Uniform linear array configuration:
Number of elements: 12
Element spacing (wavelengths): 0.25
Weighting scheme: kaiser
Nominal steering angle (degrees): -60
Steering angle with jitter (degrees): -58.317
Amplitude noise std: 0.05
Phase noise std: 0.05

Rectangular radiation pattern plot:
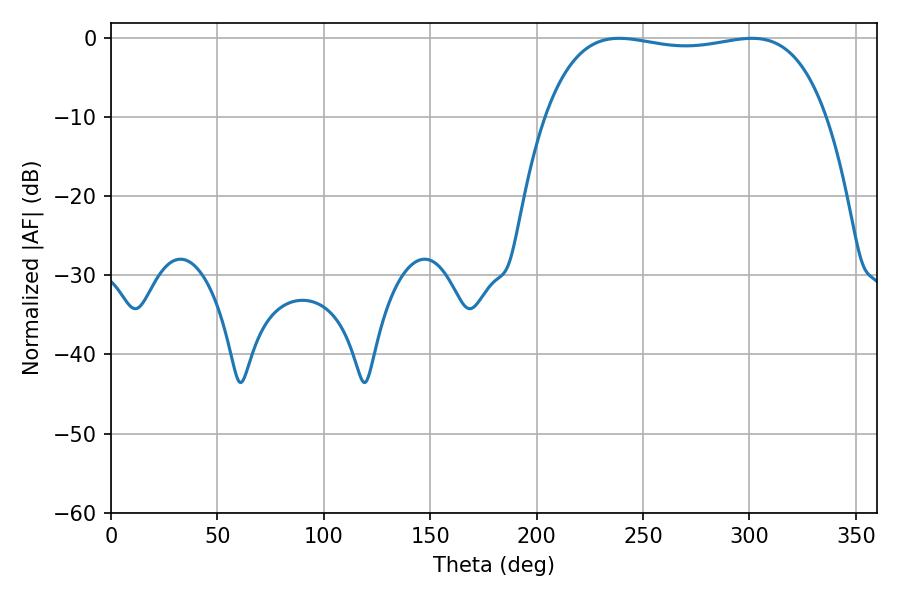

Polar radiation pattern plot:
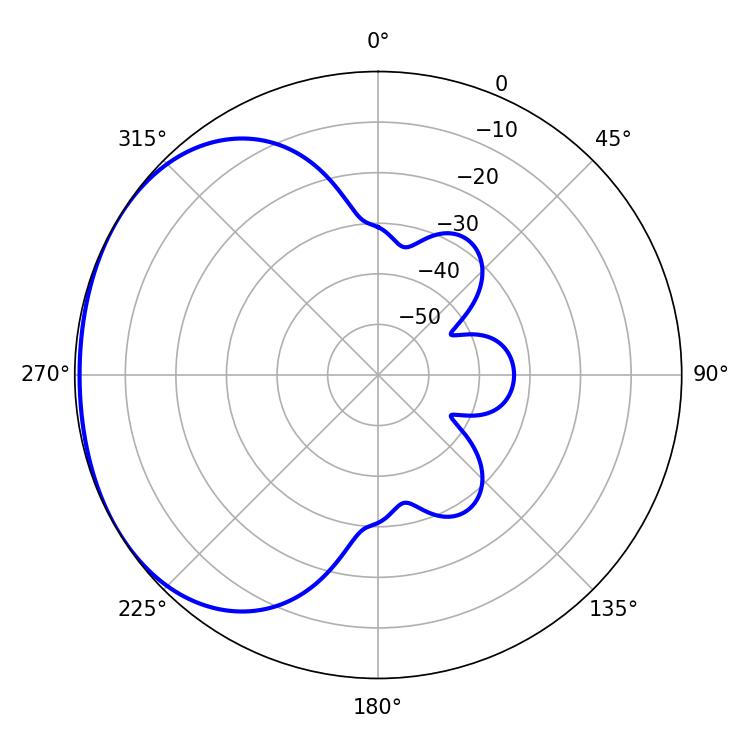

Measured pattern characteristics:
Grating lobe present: FALSE
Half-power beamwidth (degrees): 105.84
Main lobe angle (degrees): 301.14